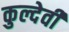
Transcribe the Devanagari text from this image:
कुल्देवी